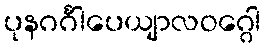
ပုနဂင်္ဂါပေယျာလဝဂ္ဂေါ